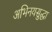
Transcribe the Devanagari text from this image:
अभिनयसुद्धा